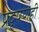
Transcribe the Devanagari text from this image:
प्रदूषणही